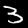
Label: 3